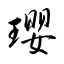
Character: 瓔